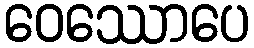
ဝေဿောပေ